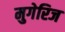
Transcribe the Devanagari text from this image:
मुगेरिज